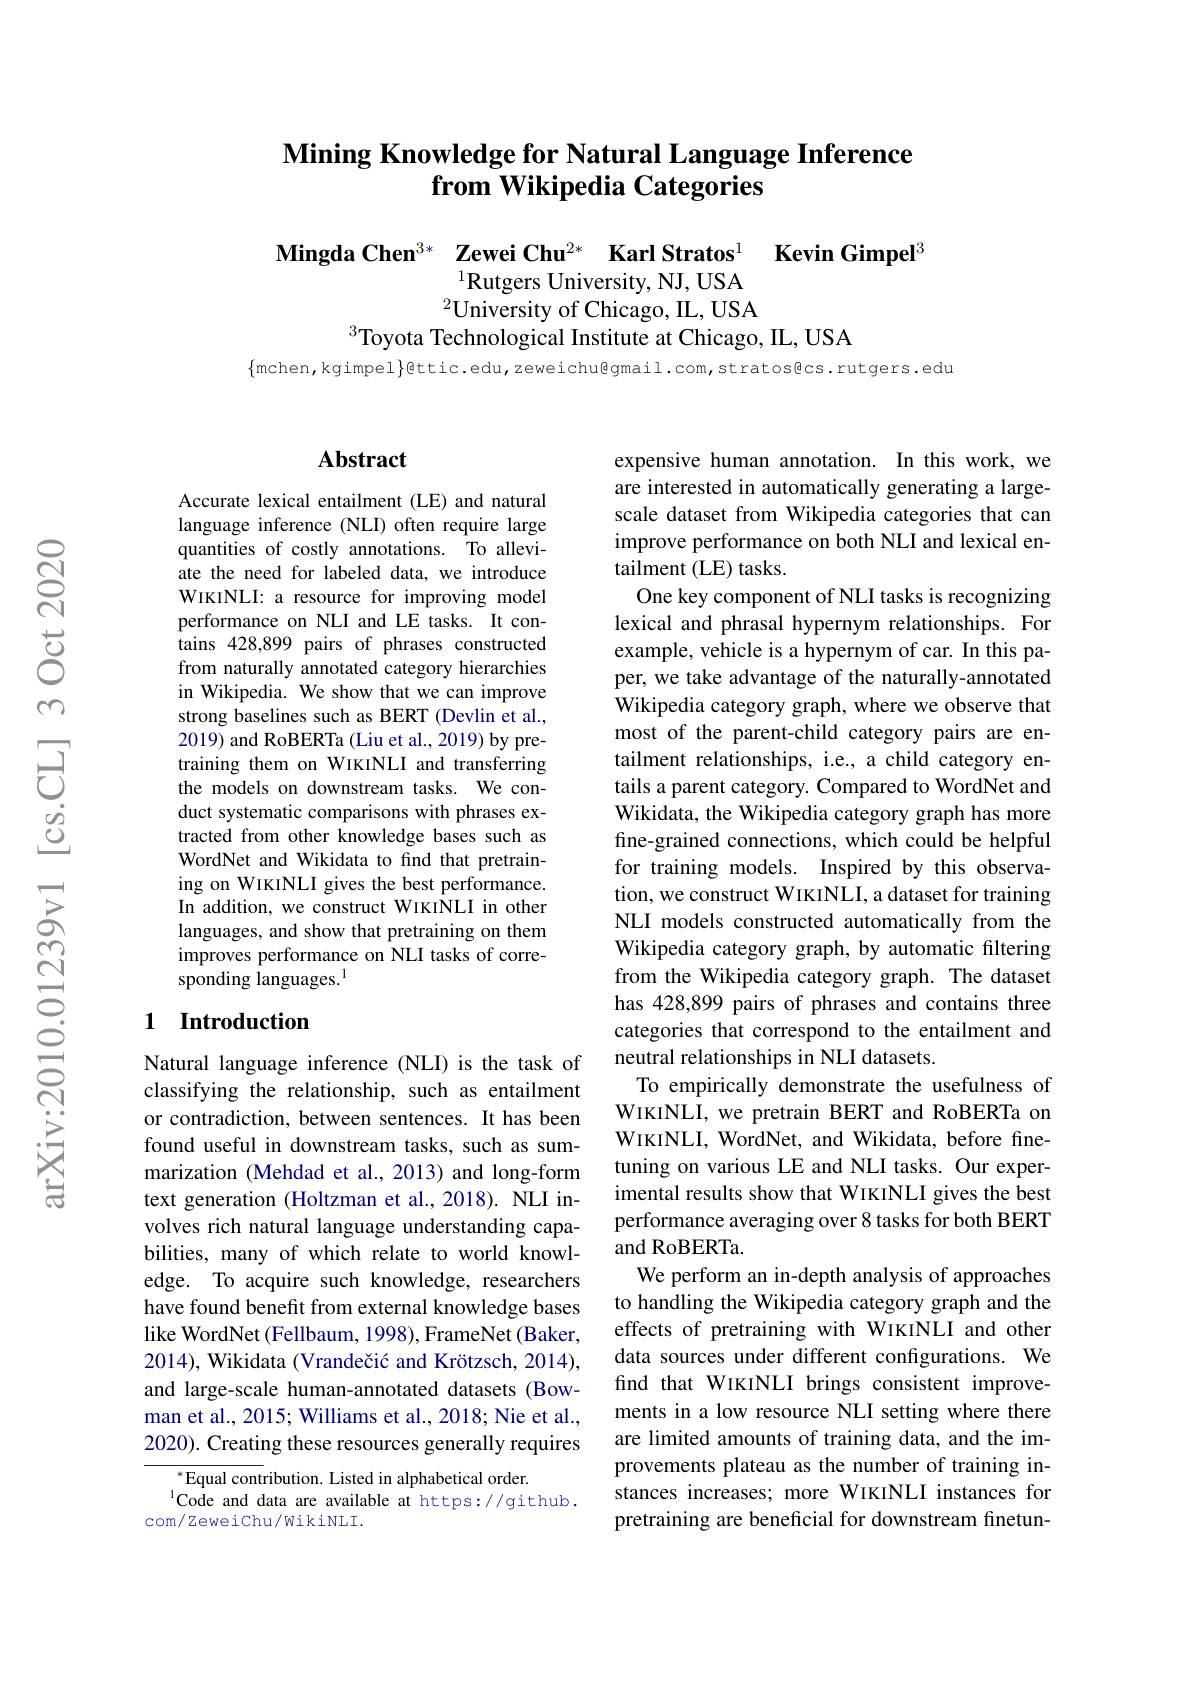
## Mining Knowledge for Natural Language Inference from Wikipedia Categories

Mingda Chen$^{3*}\textbf{ Zewei Chu}^{2*}\textbf{ Karl Stratos}^{1}$ Kevin Gimpel$^3$
$^{2}$University of Chicago, IL, USA
$^{3}$Toyota Technological Institute at Chicago, IL, USA

$\{$mchen,kgimpel$\}$gttic.edu,zeweichu@gmail.com,stratos@cs.rutgers.edu

### $\mathbf{Abstract}$

Accurate lexical entailment (LE) and natural language inference (NLI) often require large quantities of costly annotations. To alleviate the need for labeled data, we introduce WIKINLI: a resource for improving model performance on NLI and LE tasks. It contains 428,899 pairs of phrases constructed from naturally annotated category hierarchies in Wikipedia. We show that we can improve strong baselines such as BERT (Devlin et al., 2019) and RoBERTa (Liu et al., 2019) by pretraining them on WIKINLI and transferring the models on downstream tasks. We conduct systematic comparisons with phrases extracted from other knowledge bases such as WordNet and Wikidata to find that pretraining on WIKINLI gives the best performance. In addition, we construct WIKINLI in other languages, and show that pretraining on them improves performance on NLI tasks of corresponding languages.$^{1}$

## 1 Introduction

Natural language inference (NLI) is the task of classifying the relationship, such as entailment or contradiction, between sentences. It has been found useful in downstream tasks, such as summarization (Mehdad et al.,2013) and long-form text generation (Holtzman et al.,2018). NLI involves rich natural language understanding capabilities, many of which relate to world knowledge. To acquire such knowledge, researchers have found benefit from external knowledge bases like WordNet (Fellbaum, 1998), FrameNet (Baker, 2014), Wikidata (Vrandečić and Krötzsch, 2014), and large-scale human-annotated datasets (Bowman et al., 2015; Williams et al., 2018; Nie et al., 2020). Creating these resources generally requires

$^*$Equal contribution. Listed in alphabetical order.
$^{\mathrm{l}}\dot{\text{Code and data are available at https://github.}}$
com/ Zeweichu/WikiNLI.

expensive human annotation. In this work, we are interested in automatically generating a largescale dataset from Wikipedia categories that can improve performance on both NLI and lexical entailment (LE) tasks.
One key component of NLI tasks is recognizing lexical and phrasal hypernym relationships. For example, vehicle is a hypernym of car. In this paper, we take advantage of the naturally-annotated Wikipedia category graph, where we observe that most of the parent-child category pairs are entailment relationships, i.e., a child category entails a parent category. Compared to WordNet and Wikidata, the Wikipedia category graph has more fine-grained connections, which could be helpful for training models. Inspired by this observation, we construct WIKINLI, a dataset for training NLI models constructed automatically from the Wikipedia category graph, by automatic filtering from the Wikipedia category graph. The dataset has 428,899 pairs of phrases and contains three categories that correspond to the entailment and neutral relationships in NLI datasets.
To empirically demonstrate the usefulness of WIKINLI, we pretrain BERT and RoBERTa on WIKINLI, WordNet, and Wikidata, before finetuning on various LE and NLI tasks. Our experimental results show that WIKINLI gives the best performance averaging over8 tasks for both BERT and RoBERTa.
We perform an in-depth analysis of approaches to handling the Wikipedia category graph and the effects of pretraining with WIKINLI and other data sources under different configurations. We find that WIKINLI brings consistent improvements in a low resource NLI setting where there are limited amounts of training data, and the improvements plateau as the number of training instances increases; more WIKINLI instances for pretraining are beneficial for downstream finetun-